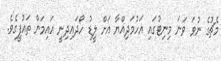
މެޗުގެ ނުވަ ވަނަ މިނިޓުގައި އަހުމަދިއްޔާ އަށް ލީޑު ހޯދައިދިނީ އައިމަން ތައުފީގެވެ.